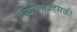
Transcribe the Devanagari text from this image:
सेवोलोज्हसकी